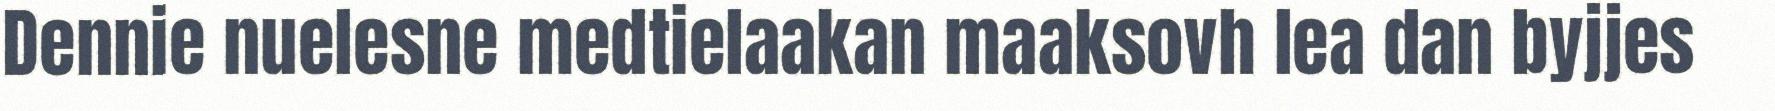
Dennie nuelesne medtielaakan maaksovh lea dan byjjes